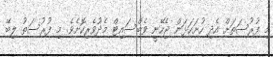
މި ފުރުސަތަށް އެދި ހުށަހަޅަން ޖެހޭނީ ވެބްސައިޓް މެދުވެރިކޮށެވެ. މި ފުރުސަތު ލިބޭ